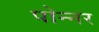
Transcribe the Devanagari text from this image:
पोन्नर